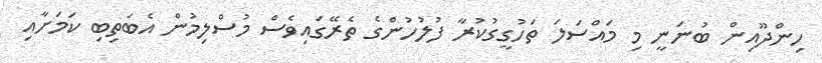
ހިންދޫއިން ބުނަނީ މި މައްސަލަ ތަހުގީގުކުރާ ފުލުހުންގެ ތެރޭގައިވެސް މުސްލިމުން އެބަތިބި ކަމަށާއި